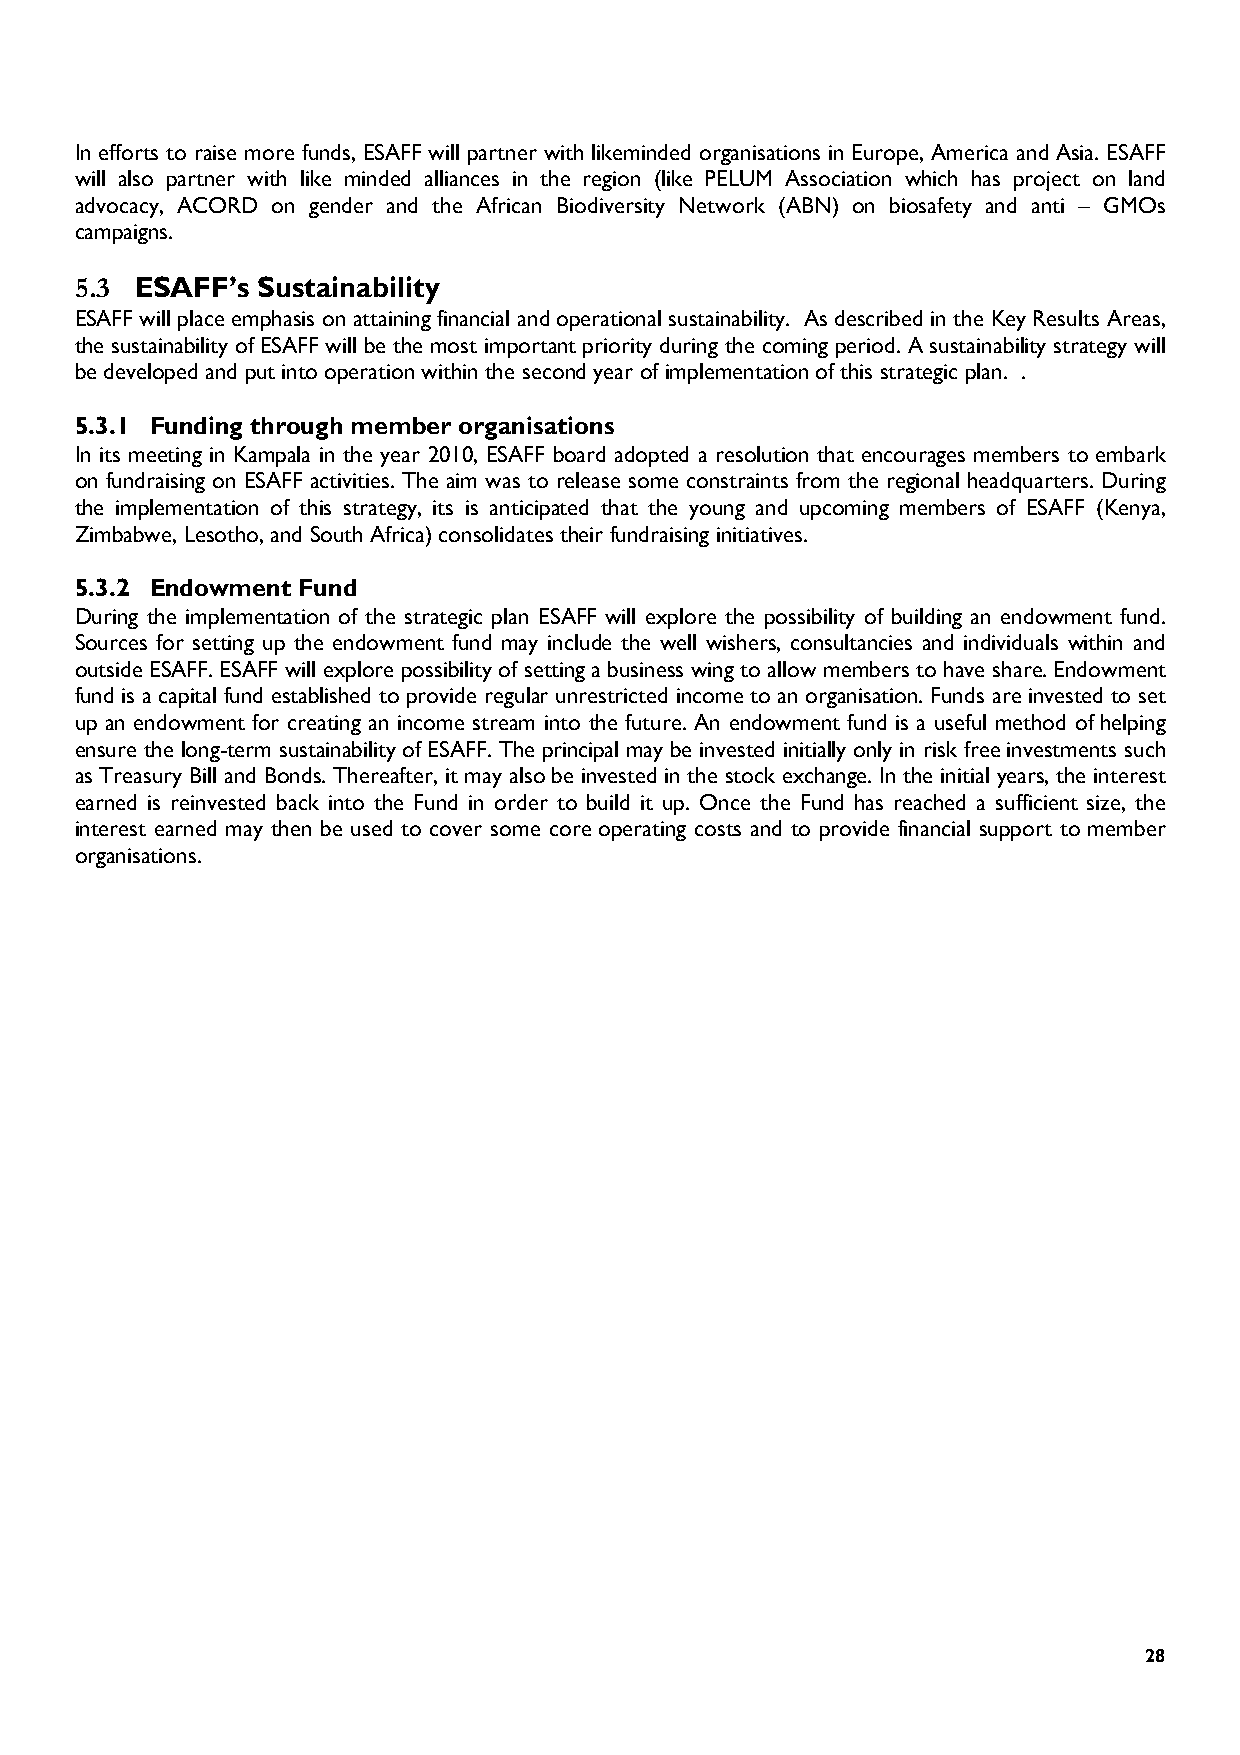
In efforts to raise more funds, ESAFF will partner with likeminded organisations in Europe, America and Asia. ESAFF
 will also partner with like minded alliances in the region (like PELUM Association which has project on land
 advocacy, ACORD on gender and the African Biodiversity Network (ABN) on biosafety and anti – GMOs
 campaigns.
 5.3
 ESAFF’s Sustainability
 ESAFF will place emphasis on attaining financial and operational sustainability. As described in the Key Results Areas,
 the sustainability of ESAFF will be the most important priority during the coming period. A sustainability strategy will
 be developed and put into operation within the second year of implementation of this strategic plan. .
 5.3.1 Funding through member organisations
 In its meeting in Kampala in the year 2010, ESAFF board adopted a resolution that encourages members to embark
 on fundraising on ESAFF activities. The aim was to release some constraints from the regional headquarters. During
 the implementation of this strategy, its is anticipated that the young and upcoming members of ESAFF (Kenya,
 Zimbabwe, Lesotho, and South Africa) consolidates their fundraising initiatives.
 5.3.2 Endowment Fund
 During the implementation of the strategic plan ESAFF will explore the possibility of building an endowment fund.
 Sources for setting up the endowment fund may include the well wishers, consultancies and individuals within and
 outside ESAFF. ESAFF will explore possibility of setting a business wing to allow members to have share. Endowment
 fund is a capital fund established to provide regular unrestricted income to an organisation. Funds are invested to set
 up an endowment for creating an income stream into the future. An endowment fund is a useful method of helping
 ensure the long-term sustainability of ESAFF. The principal may be invested initially only in risk free investments such
 as Treasury Bill and Bonds. Thereafter, it may also be invested in the stock exchange. In the initial years, the interest
 earned is reinvested back into the Fund in order to build it up. Once the Fund has reached a sufficient size, the
 interest earned may then be used to cover some core operating costs and to provide financial support to member
 organisations.
 28